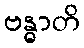
ဗန္ဓာတိ